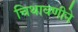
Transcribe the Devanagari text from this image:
चिथावणीने